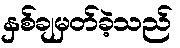
နှစ်ချမှတ်ခဲ့သည်